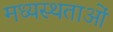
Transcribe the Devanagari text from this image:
मध्‍यस्‍थताओं